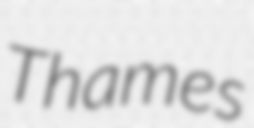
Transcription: Thames